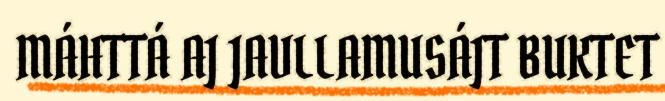
MÁHTTÁ AJ JAVLLAMUSÁJT BUKTET